King Institute of Preventive Medicine Micro-Biological Section reports 1912-19
Year: 1912
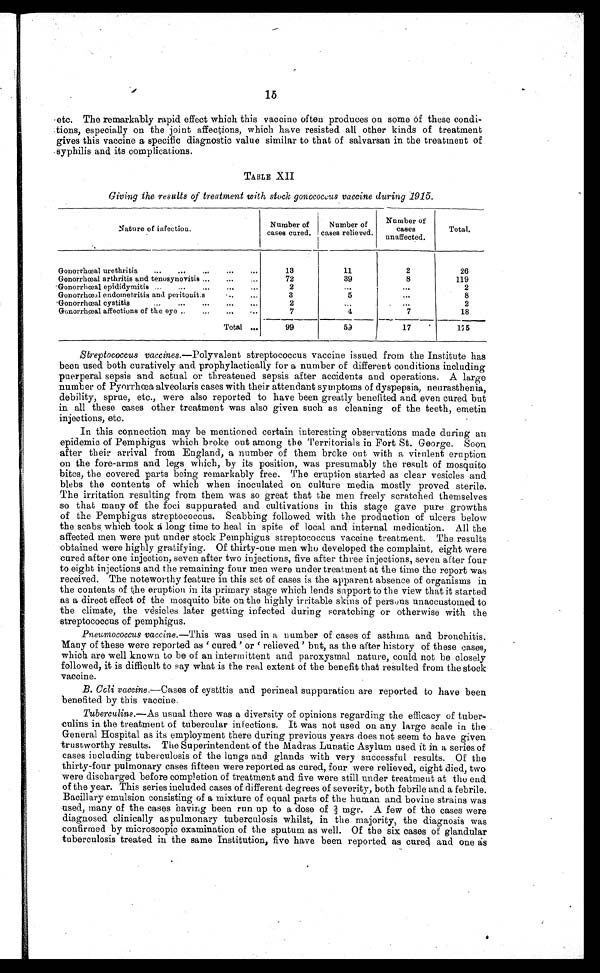
15
etc. The remarkably rapid effect which this vaccine often produces on some of these condi
-
tions, especially on the joint affections, which have resisted all other kinds of treatment
gives this vaccine a specific diagnostic value similar to that of salvarsan in the treatment of
syphilis and its complications.
TABLE XII
Giving the results of treatment with stock, gonococcus vaccine during 1915.
Nature of infection.
Number of
cases cured.
Number of
cases relieved.
Number of
cases
unaffected.
T o t a l .
G o n o r r h œ a l u r e t h r i t i s . . .
13
11
2
26
Gonorrhœeal arthritis and tenosynovitis . . .
72
39
8
119
Gonorrhœal epididymitis . . .
2
. . .
. . .
2
Gonorrhœal endometritis and peritonits . . .
3
5
. . .
8
Gonorrhœal cystitis . . .
2
. . .
. . .
2
Gonorrhœal affections of the eye . . .
7
4
7
18
Total . . .
99
5 9
17
175
Streptococcus vaccines.—Polyvalent streptococcus vaccine issued from the Institute has
been used both curatively and prophylactically for a number of different conditions including
puerperal sepsis and actual or threatened sepsis after accidents and operations. A large
number of Pyorrhœa alveolaris cases with their attendant symptoms of dyspepsia, neurasthenia,
debility, sprue, etc., were also reported to have been greatly benefited and even cured but
in all these cases other treatment was also given such as cleaning of the teeth, emetin
injections, etc.
In this connection may be mentioned certain interesting observations made during an
epidemic of Pemphigus which broke out among the Territorials in Fort St. George. Soon
after their arrival from England, a number of them broke out with a virulent eruption
on the fore-arms and legs which, by its position, was presumably the result of mosquito
bites, the covered parts being remarkably free. The eruption started as clear vesicles and
blebs the contents of which when inoculated on culture media mostly proved sterile.
The irritation resulting from them was so great that the men freely scratched themselves
so that many of the foci suppurated and cultivations in this stage gave pure growths
of the Pemphigus streptococcus. Scabbing followed with the production of ulcers below
the scabs, which took a long time to heal in spite of local and internal medication. All the
affected men were put under stock Pemphigus streptococcus vaccine treatment. The results
obtained were highly gratifying. Of thirty-one men who developed the complaint, eight were
cured after one injection, seven after two injections, five after three injections, seven after four
to eight injections and the remaining four men were under treatment at the time the report was
received. The noteworthy feature in this set of cases is the apparent absence of organisms in
the contents of the eruption in its primary stage which lends support to the view that it started
as a direct effect of the mosquito bite on the highly irritable skins of persons unaccustomed to
the climate, the vèsicles later getting infected during scratching or otherwise with the
streptococcus of pemphigus.
Pneumococcus vaccine .—This was used in a number of cases of asthma and bronchitis.
Many of these were reported ' cured' or ' relieved' but, as the after history of these cases,
which are well known to be of an intermittent and paroxysmal nature, could not be closely
followed, it is difficult to say what is the real extent of the benefit that resulted from the stock
vaccine.
B. Coli vaccine .—Cases of cystitis and perineal suppuration are reported to have been
benefited by this vaccine.
Tuberculins.—As usual there was a diversity of opinions regarding the efficacy of tuber
-
culins in the treatment of tubercular infections. It was not used on any large scale in the
General Hospital as its employment there during previous years does not seem to have given
trustworthy results. The Superintendent of the Madras Lunatic Asylum used it in a series of
cases including tuberculosis of the lungs and glands with very successful results. Of the
thirty-four pulmonary cases fifteen were reported as cured, four were relieved, eight died, two
were discharged before completion of treatment and five were still under treatment at the end
of the year. This series included cases of different degrees of severity, both febrile and a febrile.
Bacillary emulsion consisting of a mixture of equal parts of the human and bovine strains was
used, many of the cases having been run up to a dose of 2/3 mgr. A few of the cases were
diagnosed clinically aspulmonary tuberculosis whilst, in the majority, the diagnosis was
confirmed by microscopic examination of the sputum as well. Of the six cases of glandular
tuberculosis treated in the same Institution, five have been reported as cured and one as